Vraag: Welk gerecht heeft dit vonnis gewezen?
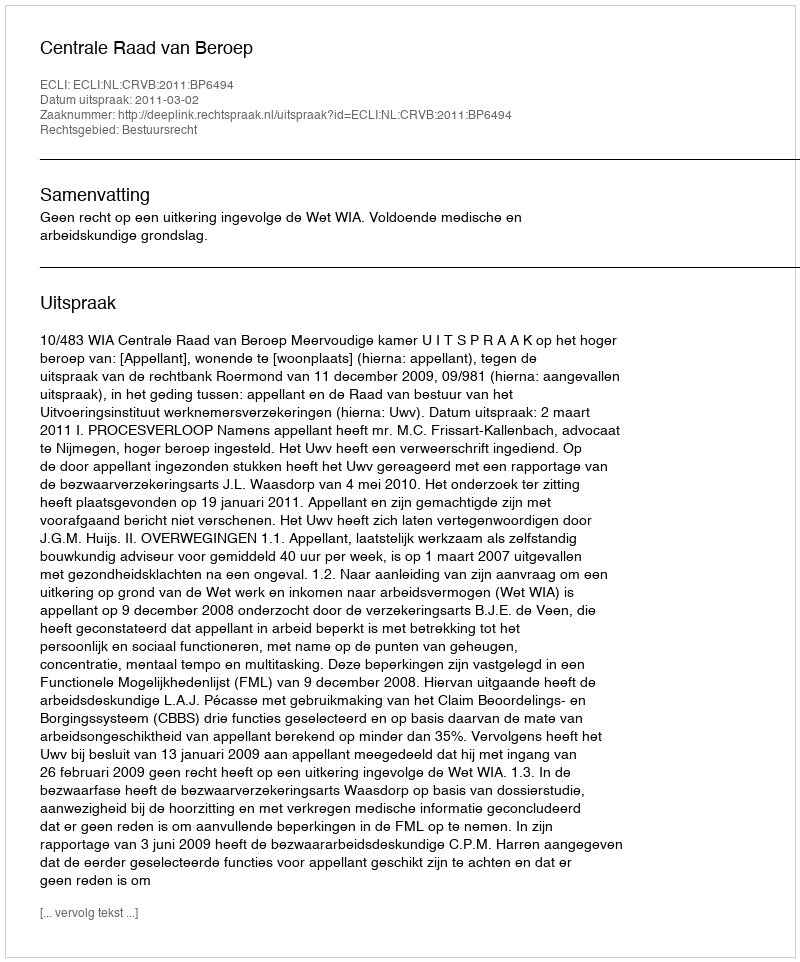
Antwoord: Centrale Raad van Beroep